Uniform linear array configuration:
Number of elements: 48
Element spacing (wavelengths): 1
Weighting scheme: exponential
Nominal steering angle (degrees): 60
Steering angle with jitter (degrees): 61.13
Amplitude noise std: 0.05
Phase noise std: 0.05

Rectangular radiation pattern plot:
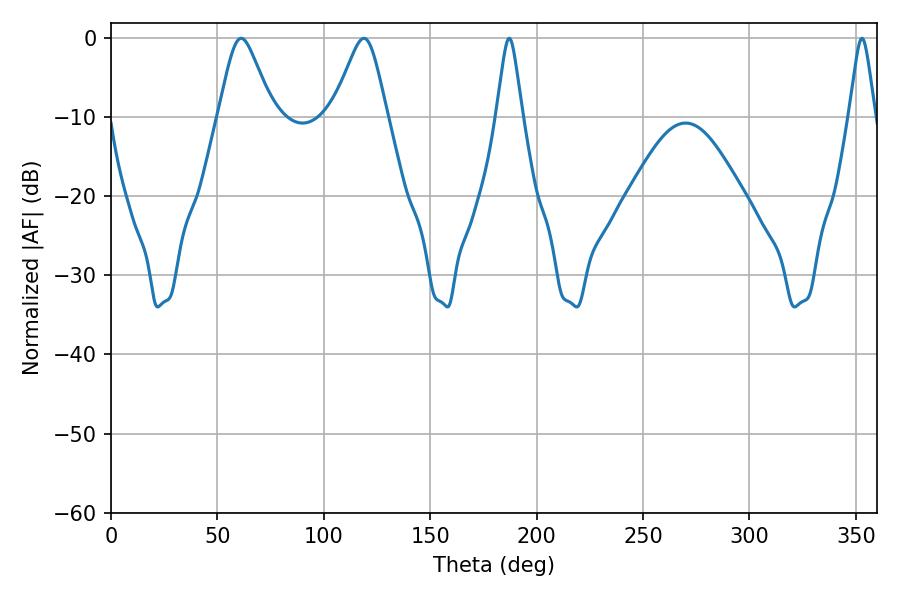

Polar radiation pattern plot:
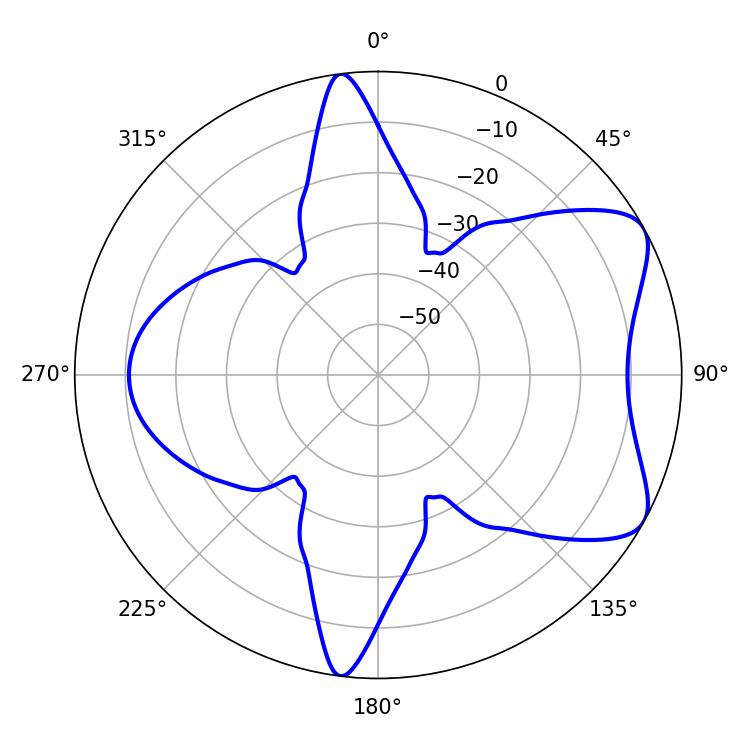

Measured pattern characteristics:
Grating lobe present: TRUE
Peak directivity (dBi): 6.89
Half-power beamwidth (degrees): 12.24
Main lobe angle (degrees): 61.2